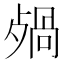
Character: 𣨷